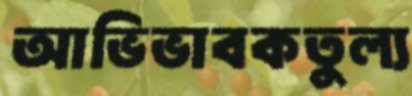
আভিভাবকতুল্য